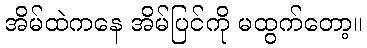
အိမ်ထဲကနေ အိမ်ပြင်ကို မထွက်တော့။